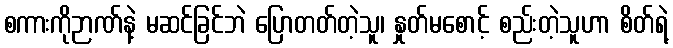
စကားကိုဉာဏ်နဲ့ မဆင်ခြင်ဘဲ ပြောတတ်တဲ့သူ၊ နှုတ်မစောင့် စည်းတဲ့သူဟာ စိတ်ရဲ့